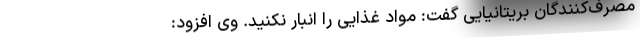
مصرف‌کنندگان بریتانیایی گفت: مواد غذایی را انبار نکنید. وی افزود: